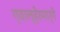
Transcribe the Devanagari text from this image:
ग्वाल्हेरमार्गे